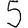
Digit: 5